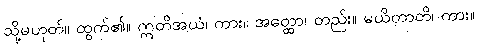
သို့မဟုတ်။ ထွက်၏။ ဣတိအယံ၊ ကား။ အတ္ထော၊ တည်း။ မယိတာတိ၊ ကား။